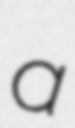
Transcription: a